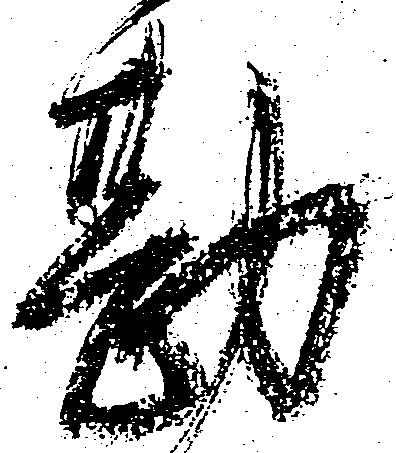
勘